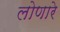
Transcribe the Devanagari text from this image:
लोणारे